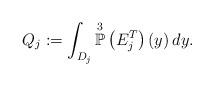
LaTeX: \begin{align*}Q_j:=\int_{D_{j}}\overset{3}{\mathbb{P}}\left(E^T_j\right)(y)\,dy.\end{align*}